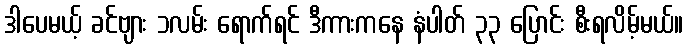
ဒါပေမယ့် ခင်ဗျား ၁လမ်း ရောက်ရင် ဒီကားကနေ နံပါတ် ၃၃ ပြောင်း စီးရလိမ့်မယ်။